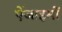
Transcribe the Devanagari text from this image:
ऐंजाइमों